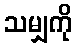
သမျှကို